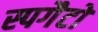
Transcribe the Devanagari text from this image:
स्पगैटो